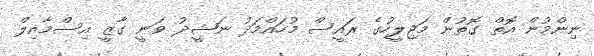
ނިންމުން އޮތް ގޮތުން މަޖިލީހުގެ ރައީސް މުހައްމަދު ނަޝީދު ވަނީ ގާޒީ އިސްމާއިލް